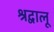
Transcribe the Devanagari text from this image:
श्रद्वालू